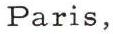
Paris,